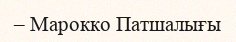
– Марокко Патшалығы